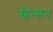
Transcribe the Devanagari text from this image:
स्वैन्सन